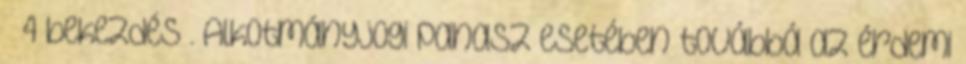
§ 4 bekezdés . Alkotmányjogi panasz esetében továbbá az érdemi